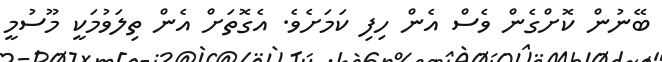
ބޭނުން ކޮށްގެން ވެސް އެން ހިފި ކަމަށެވެ. އެގޮތަށް އެން ތިލަވުމަކީ މޫސުމީ